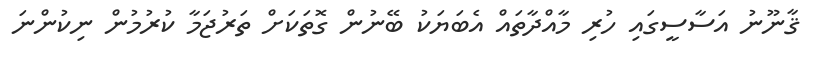
ޤާނޫނު އަސާސީގައި ހުރި މާއްދާތައް އެބަޔަކު ބޭނުން ގޮތަކަށް ތަރުޖަމާ ކުރުމުން ނިކުންނަ